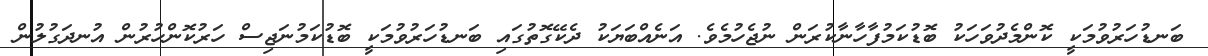
ބަނޑުހަރުވުމަކީ ކޮންމެދުވަހަކު ބޮޑުކަމުފާހާނާކުރަން ނުޖެހުމެވެ. އަނެއްބަޔަކު ދެކޭގޮތުގައި ބަނޑުހަރުވުމަކީ ބޮޑުކަމުނަޖިސް ހަރުކޮންހުރުން އުނދަގުލުން